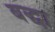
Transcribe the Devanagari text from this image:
बद्धा